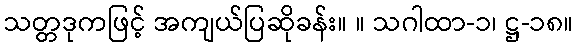
သတ္တဒုကဖြင့် အကျယ်ပြဆိုခန်း။ ။ သဂါထာ-၁၊ ဋ္ဌ-၁၈။